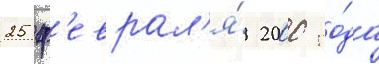
25 ф'еврал'я́ 2000 го́да